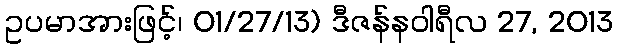
ဥပမာအားဖြင့်၊ 01/27/13) ဒီဇန်နဝါရီလ 27, 2013